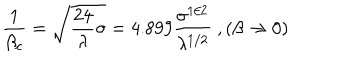
\frac { 1 } { \beta _ { c } } = \sqrt { \frac { 2 4 } { \lambda } \sigma } = 4 . 8 9 9 \frac { \sigma ^ { 1 / 2 } } { \lambda ^ { 1 / 2 } } ~ , ( \beta \to 0 )